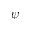
\psi